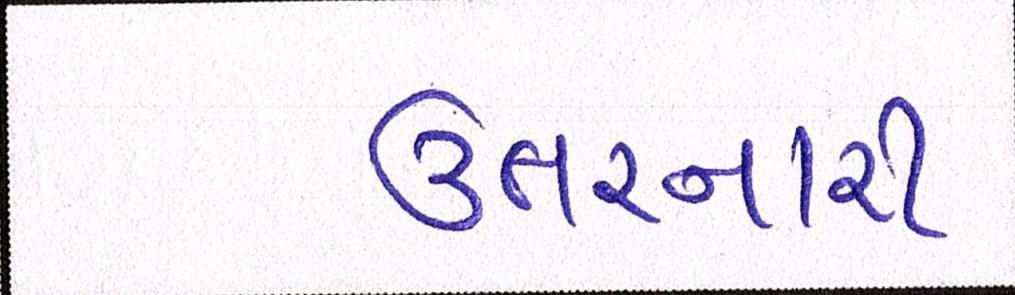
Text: ઊતરનારી